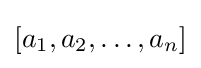
[a_{1},a_{2},\ldots ,a_{n}]